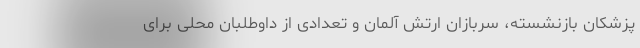
پزشکان بازنشسته، سربازان ارتش آلمان و تعدادی از داوطلبان محلی برای